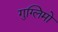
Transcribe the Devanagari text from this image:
गुग्लिमो